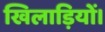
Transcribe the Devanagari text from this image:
खिलाड़ियों।